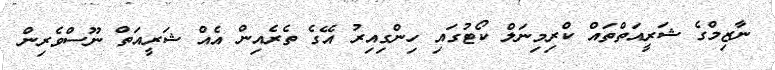
ނާޒިމްގެ ޝަރީއަތްތައް ކްރިމިނަލް ކޯޓުގައި ހިންގިއިރު އޭގެ ތެރެއިން އެއް ޝަރީއަތް ނޫސްވެރިން